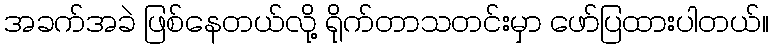
အခက်အခဲ ဖြစ်နေတယ်လို့ ရိုက်တာသတင်းမှာ ဖော်ပြထားပါတယ်။